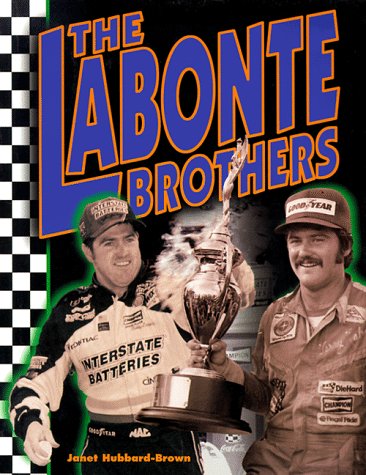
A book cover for The Labonte Brothers (Race Car Legends); Janet Hubbard-Brown; Teen & Young Adult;